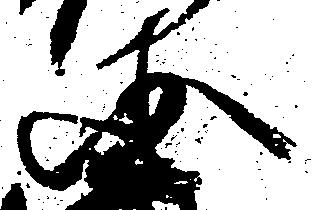
国